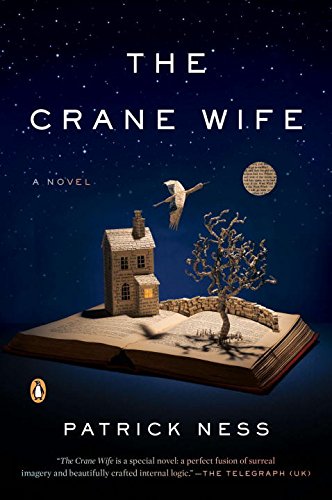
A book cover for The Crane Wife; Patrick Ness; Literature & Fiction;